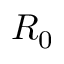
R _ { 0 }